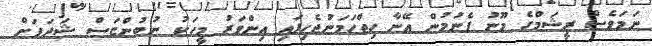
ނަމަވެސް ރީޝަމްގެ މޫނު ފެނުމުން އޭނާ ހިތްހަމަނުޖެހިފައި އިންވަރު މީހަކު ނުބުންޏަސް ޝަދަފަށް